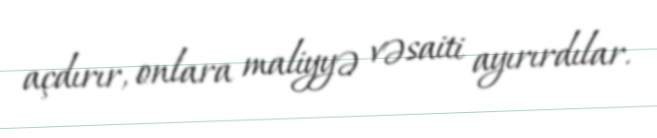
açdırır, onlara maliyyə vəsaiti ayırırdılar.